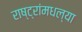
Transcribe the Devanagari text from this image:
राष्ट्रांमधल्या